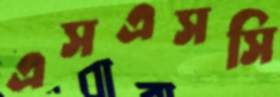
এসএসসি